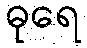
ဓုရေ